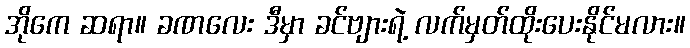
အိုကေ ဆရာ။ ခဏလေး ဒီမှာ ခင်ဗျားရဲ့ လက်မှတ်ထိုးပေးနိုင်မလား။